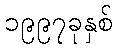
၁၉၉၇ခုနှစ်